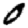
Digit: 0